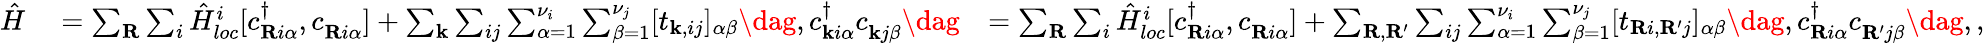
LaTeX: \begin{array}{rlr}{\hat{H}}&{{}=\sum_{\mathbf{R}}\sum_{i}\hat{H}_{loc}^{i}[c_{\mathbf{R}i\alpha}^{\dagger},c_{\mathbf{R}i\alpha}^{\phantom{\dagger}}]+\sum_{\mathbf{k}}\sum_{ij}\sum_{\alpha=1}^{\nu_{i}}\sum_{\beta=1}^{\nu_{j}}[t_{\mathbf{k},ij}]_{\alpha\beta}\dag,c_{\mathbf{k}i\alpha}^{\dagger}c_{\mathbf{k}j\beta}^{\phantom{\dagger}}\dag}&{=\sum_{\mathbf{R}}\sum_{i}\hat{H}_{loc}^{i}[c_{\mathbf{R}i\alpha}^{\dagger},c_{\mathbf{R}i\alpha}^{\phantom{\dagger}}]+\sum_{\mathbf{R},\mathbf{R^{\prime}}}\sum_{ij}\sum_{\alpha=1}^{\nu_{i}}\sum_{\beta=1}^{\nu_{j}}[t_{\mathbf{R}i,\mathbf{R^{\prime}}j}]_{\alpha\beta}\dag,c_{\mathbf{R}i\alpha}^{\dagger}c_{\mathbf{R^{\prime}}j\beta}^{\phantom{\dagger}}\dag,,}\end{array}